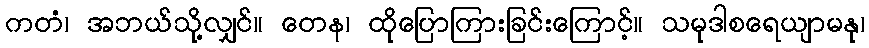
ကတံ၊ အဘယ်သို့လျှင်။ တေန၊ ထိုပြောကြားခြင်းကြောင့်။ သမုဒါစရေယျာမနု၊